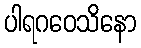
ပါရဂဝေသိနော